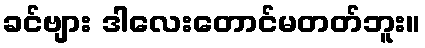
ခင်ဗျား ဒါလေးတောင်မတတ်ဘူး။